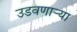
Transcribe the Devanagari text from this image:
उडवणाऱ्या